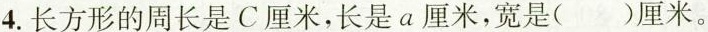
4.长方形的周长是C厘米，长是a厘米，宽是( )厘米。